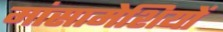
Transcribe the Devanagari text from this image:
मांसामेशियों